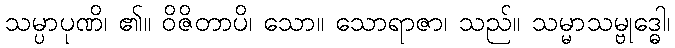
သမ္ပာပုဏိ၊ ၏။ ဝိဇိတာပိ၊ သော။ သောရာဇာ၊ သည်။ သမ္မာသမ္ဗုဒ္ဓေါ၊